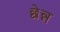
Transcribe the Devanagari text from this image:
छेन्न